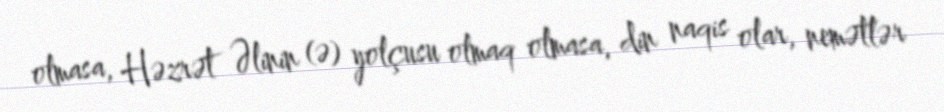
olmasa, Həzrət Əlinin (ə) yolçusu olmaq olmasa, din naqis olar, nemətlər